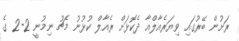
ރަށުން ބޭރުގައި ވިޔަރެއާލްއާ ދެކޮޅަށް ރެއާލް ކުޅުނު މެޗު ނިމުނީ 2-2 ގެ